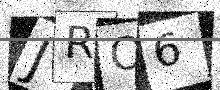
Text: JRO6